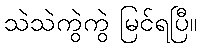
သဲသဲကွဲကွဲ မြင်ရပြီ။